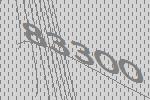
83300